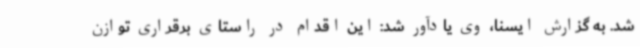
شد. به گزارش ایسنا، وی یادآور شد: این اقدام در راستای برقراری توازن